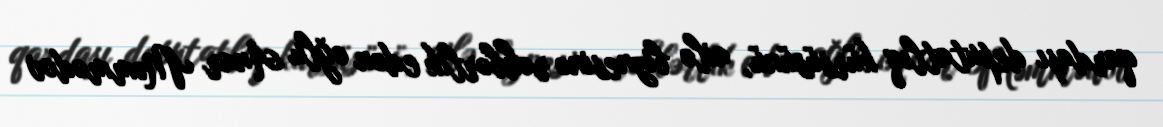
qardaşı deputatlıq kürsüsünü, ailə biznesinə rəhbərlik edən oğlu Anar Məmmədov